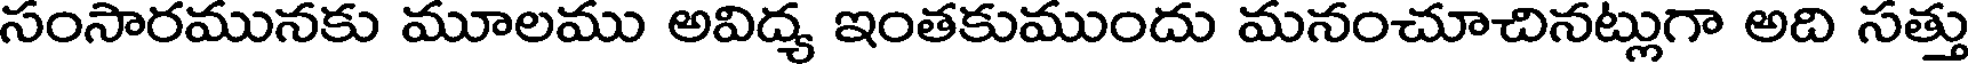
సంసారమునకు మూలము అవిద్య ఇంతకుముందు మనంచూచినట్లుగా అది సత్తు